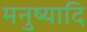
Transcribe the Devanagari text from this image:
मनुष्यादि